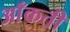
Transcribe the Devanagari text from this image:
आँकती